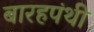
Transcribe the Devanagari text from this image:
बारहपंथी